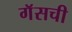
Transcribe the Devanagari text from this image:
गॅसची